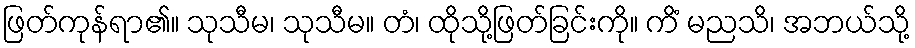
ဖြတ်ကုန်ရာ၏။ သုသီမ၊ သုသီမ။ တံ၊ ထိုသို့ဖြတ်ခြင်းကို။ ကိံ မညသိ၊ အဘယ်သို့